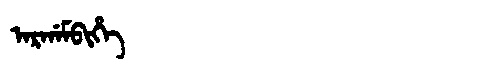
Manchu: ᠠᡵᡤᠠᠮᠪᡳᡥᡝ
Romanization: ARGAMBIHE